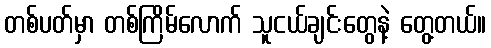
တစ်ပတ်မှာ တစ်ကြိမ်လောက် သူငယ်ချင်းတွေနဲ့ တွေ့တယ်။